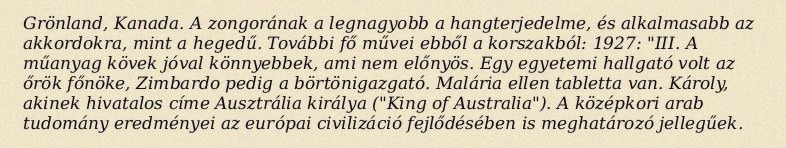
Grönland, Kanada. A zongorának a legnagyobb a hangterjedelme, és alkalmasabb az akkordokra, mint a hegedű. További fő művei ebből a korszakból: 1927: "III. A műanyag kövek jóval könnyebbek, ami nem előnyös. Egy egyetemi hallgató volt az őrök főnöke, Zimbardo pedig a börtönigazgató. Malária ellen tabletta van. Károly, akinek hivatalos címe Ausztrália királya ("King of Australia"). A középkori arab tudomány eredményei az európai civilizáció fejlődésében is meghatározó jellegűek.